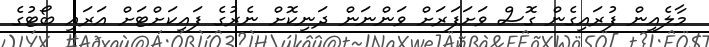
މާލެއިން ފުރައިގެން ގޮސް ވަށަފަރަށް ވަންނަން ދަނިކޮށް ނެރުގެ ފައިކަށްޓަށް އަރައި ބޯޓުގެ